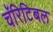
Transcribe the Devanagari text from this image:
चॅरिटिबल